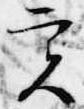
実